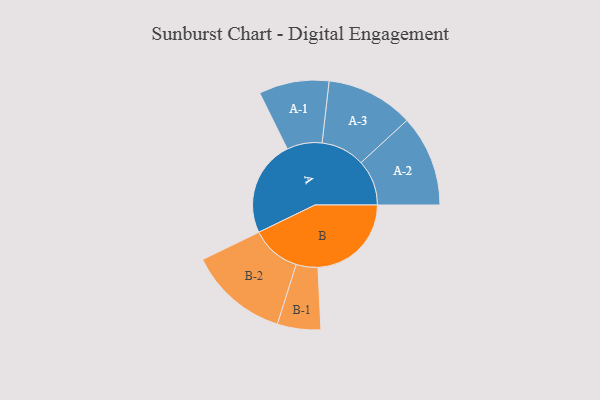
{"axis": {"x": "Segment", "y": "Value"}, "legend": ["", "A", "B"], "data": [{"x": "A", "y": 500, "type": ""}, {"x": "B", "y": 487, "type": ""}, {"x": "A-1", "y": 183, "type": "A"}, {"x": "A-2", "y": 238, "type": "A"}, {"x": "A-3", "y": 228, "type": "A"}, {"x": "B-1", "y": 113, "type": "B"}, {"x": "B-2", "y": 260, "type": "B"}]}